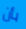
بأن